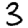
Digit: 3